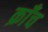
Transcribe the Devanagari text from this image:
क्राँच